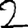
Digit: 2